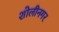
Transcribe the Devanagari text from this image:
शोलीनगर